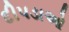
દીપડાઓ